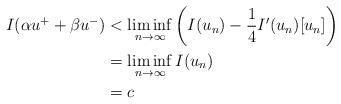
LaTeX: \begin{align*} I(\alpha u^+ + \beta u^-)&< \liminf_{n\rightarrow \infty}\left(I(u_n)-\frac{1}{4}I'(u_n)[u_n]\right)\\ &= \liminf_{n\rightarrow \infty} I(u_n)\\ &=c \end{align*}